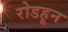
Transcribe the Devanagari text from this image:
रोडहून